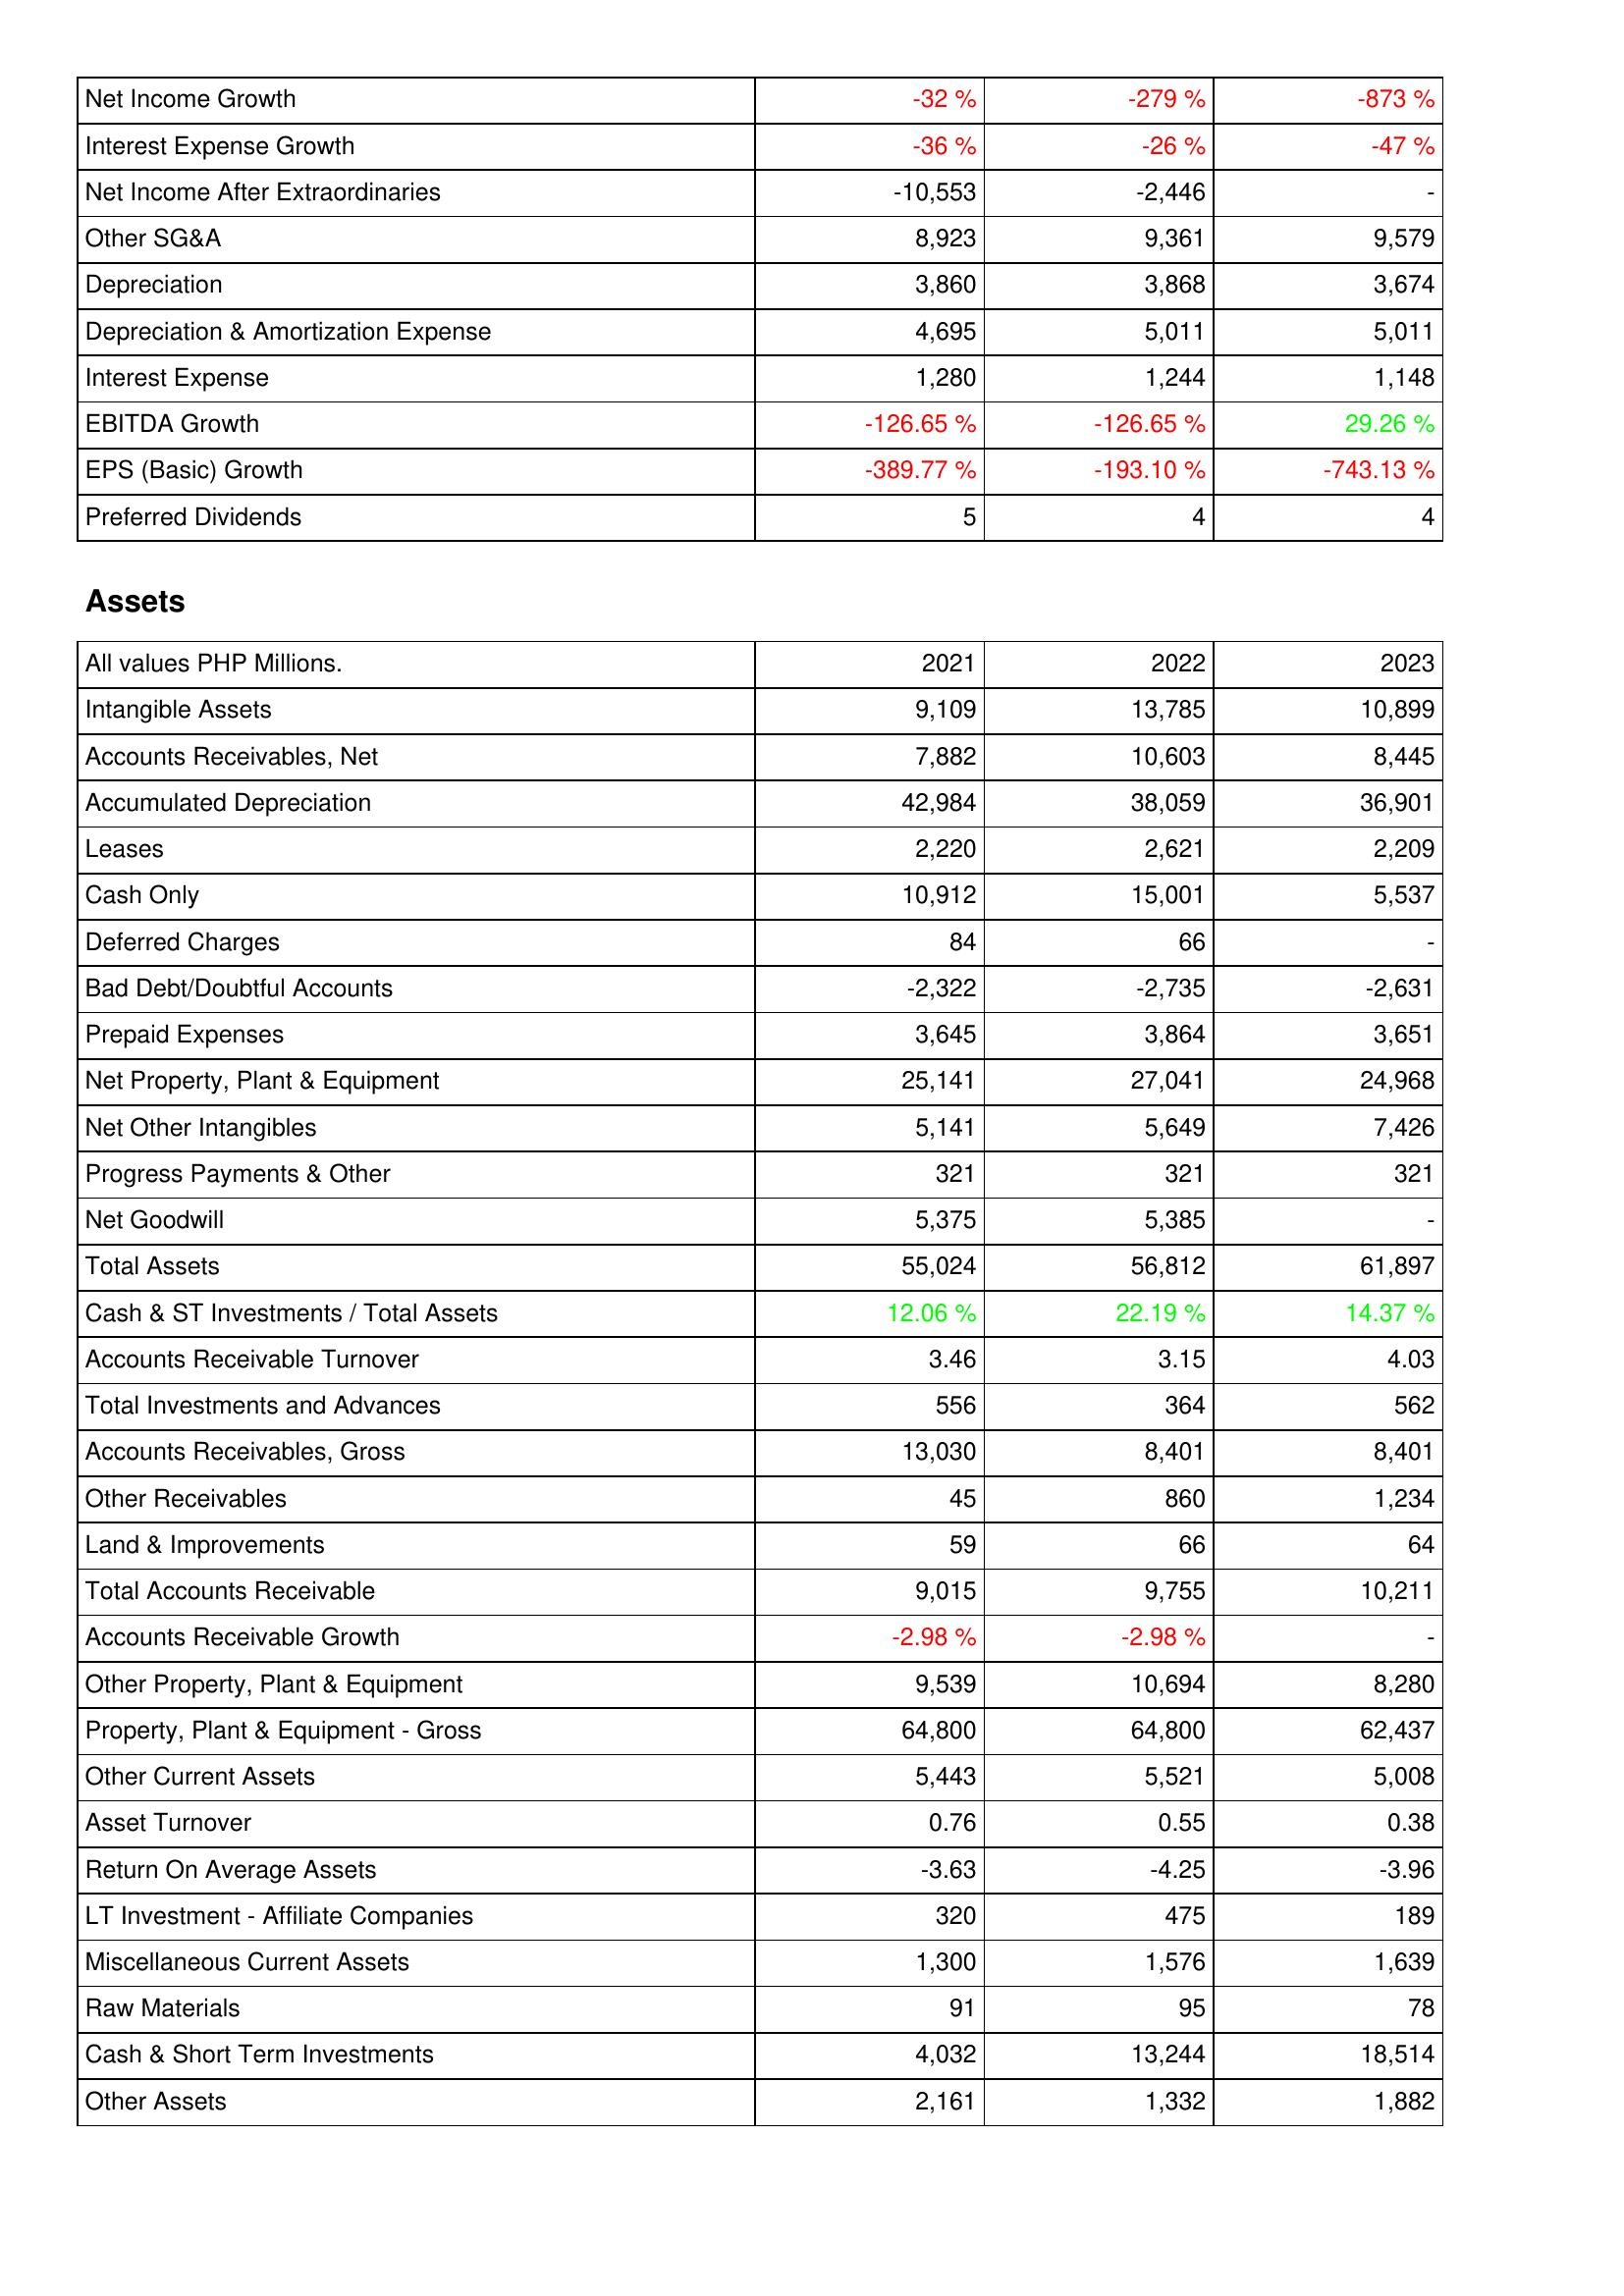
2021: Income Statement: Net Income Growth: -32 %
Interest Expense Growth: -36 %
Net Income After Extraordinaries: -10,553
Other SG&A: 8,923
Depreciation: 3,860
Depreciation & Amortization Expense: 4,695
Interest Expense: 1,280
EBITDA Growth: -126.65 %
EPS (Basic) Growth: -389.77 %
Preferred Dividends: 5
Assets: Intangible Assets: 9,109
Accounts Receivables, Net: 7,882
Accumulated Depreciation: 42,984
Leases: 2,220
Cash Only: 10,912
Deferred Charges: 84
Bad Debt/Doubtful Accounts: -2,322
Prepaid Expenses: 3,645
Net Property, Plant & Equipment: 25,141
Net Other Intangibles: 5,141
Progress Payments & Other: 321
Net Goodwill: 5,375
Total Assets: 55,024
Cash & ST Investments / Total Assets: 12.06 %
Accounts Receivable Turnover: 3.46
Total Investments and Advances: 556
Accounts Receivables, Gross: 13,030
Other Receivables: 45
Land & Improvements: 59
Total Accounts Receivable: 9,015
Accounts Receivable Growth: -2.98 %
Other Property, Plant & Equipment: 9,539
Property, Plant & Equipment - Gross: 64,800
Other Current Assets: 5,443
Asset Turnover: 0.76
Return On Average Assets: -3.63
LT Investment - Affiliate Companies: 320
Miscellaneous Current Assets: 1,300
Raw Materials: 91
Cash & Short Term Investments: 4,032
Other Assets: 2,161
2022: Income Statement: Net Income Growth: -279 %
Interest Expense Growth: -26 %
Net Income After Extraordinaries: -2,446
Other SG&A: 9,361
Depreciation: 3,868
Depreciation & Amortization Expense: 5,011
Interest Expense: 1,244
EBITDA Growth: -126.65 %
EPS (Basic) Growth: -193.10 %
Preferred Dividends: 4
Assets: Intangible Assets: 13,785
Accounts Receivables, Net: 10,603
Accumulated Depreciation: 38,059
Leases: 2,621
Cash Only: 15,001
Deferred Charges: 66
Bad Debt/Doubtful Accounts: -2,735
Prepaid Expenses: 3,864
Net Property, Plant & Equipment: 27,041
Net Other Intangibles: 5,649
Progress Payments & Other: 321
Net Goodwill: 5,385
Total Assets: 56,812
Cash & ST Investments / Total Assets: 22.19 %
Accounts Receivable Turnover: 3.15
Total Investments and Advances: 364
Accounts Receivables, Gross: 8,401
Other Receivables: 860
Land & Improvements: 66
Total Accounts Receivable: 9,755
Accounts Receivable Growth: -2.98 %
Other Property, Plant & Equipment: 10,694
Property, Plant & Equipment - Gross: 64,800
Other Current Assets: 5,521
Asset Turnover: 0.55
Return On Average Assets: -4.25
LT Investment - Affiliate Companies: 475
Miscellaneous Current Assets: 1,576
Raw Materials: 95
Cash & Short Term Investments: 13,244
Other Assets: 1,332
2023: Income Statement: Net Income Growth: -873 %
Interest Expense Growth: -47 %
Net Income After Extraordinaries: -
Other SG&A: 9,579
Depreciation: 3,674
Depreciation & Amortization Expense: 5,011
Interest Expense: 1,148
EBITDA Growth: 29.26 %
EPS (Basic) Growth: -743.13 %
Preferred Dividends: 4
Assets: Intangible Assets: 10,899
Accounts Receivables, Net: 8,445
Accumulated Depreciation: 36,901
Leases: 2,209
Cash Only: 5,537
Deferred Charges: -
Bad Debt/Doubtful Accounts: -2,631
Prepaid Expenses: 3,651
Net Property, Plant & Equipment: 24,968
Net Other Intangibles: 7,426
Progress Payments & Other: 321
Net Goodwill: -
Total Assets: 61,897
Cash & ST Investments / Total Assets: 14.37 %
Accounts Receivable Turnover: 4.03
Total Investments and Advances: 562
Accounts Receivables, Gross: 8,401
Other Receivables: 1,234
Land & Improvements: 64
Total Accounts Receivable: 10,211
Accounts Receivable Growth: -
Other Property, Plant & Equipment: 8,280
Property, Plant & Equipment - Gross: 62,437
Other Current Assets: 5,008
Asset Turnover: 0.38
Return On Average Assets: -3.96
LT Investment - Affiliate Companies: 189
Miscellaneous Current Assets: 1,639
Raw Materials: 78
Cash & Short Term Investments: 18,514
Other Assets: 1,882